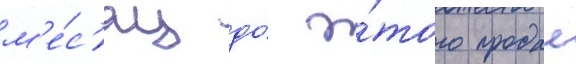
м'е́с'яц до́ э́того продал